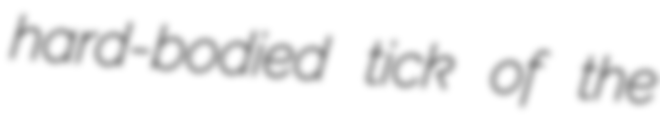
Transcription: hard-bodied tick of the